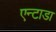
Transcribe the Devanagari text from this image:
एन्टाडा